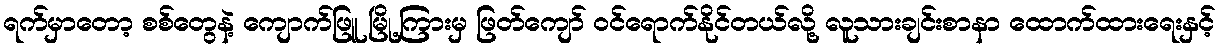
ရက်မှာတော့ စစ်တွေနဲ့ ကျောက်ဖြူ မြို့ကြားမှ ဖြတ်ကျော် ဝင်ရောက်နိုင်တယ်လို့ လူသားချင်းစာနာ ထောက်ထားရေးနှင့်